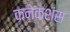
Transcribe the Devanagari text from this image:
कनेक्‍शंस